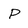
Character: P